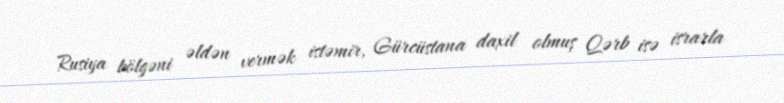
Rusiya bölgəni əldən vermək istəmir, Gürcüstana daxil olmuş Qərb isə israrla